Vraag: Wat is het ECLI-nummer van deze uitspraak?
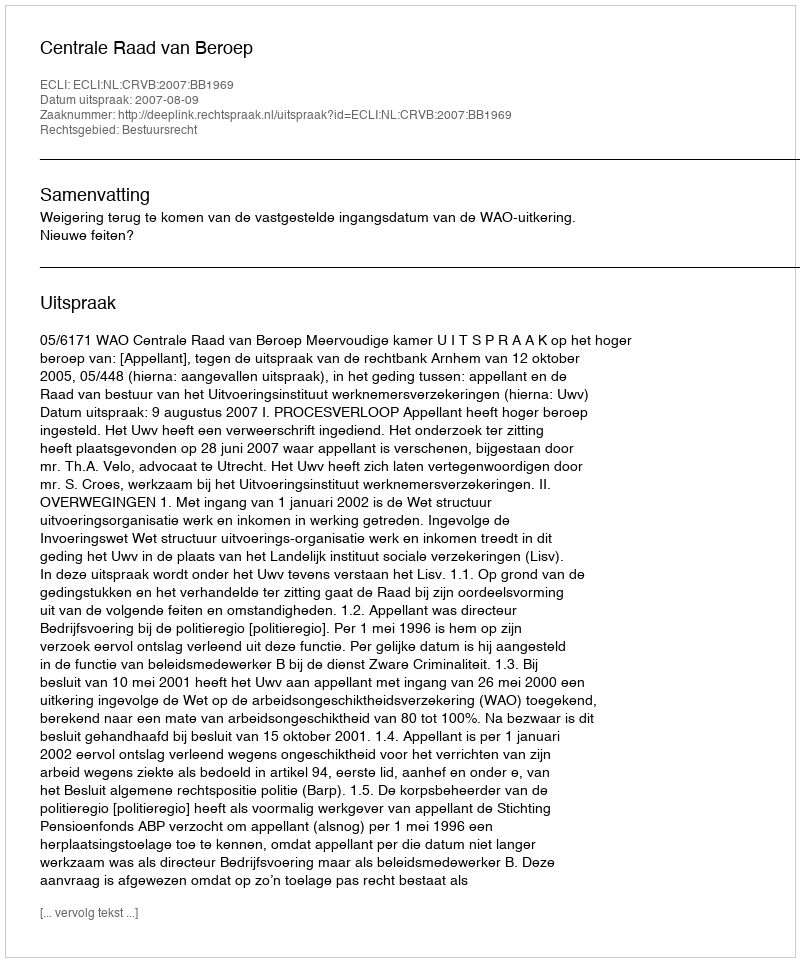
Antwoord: ECLI:NL:CRVB:2007:BB1969